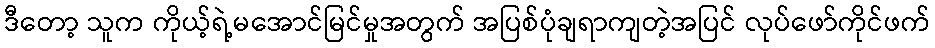
ဒီတော့ သူက ကိုယ့်ရဲ့မအောင်မြင်မှုအတွက် အပြစ်ပုံချရာကျတဲ့အပြင် လုပ်ဖော်ကိုင်ဖက်